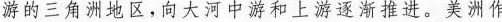
游的三角洲地区，向大河中游和上游逐渐推进。美洲作